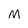
Character: M